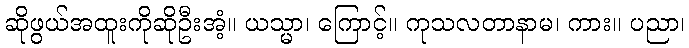
ဆိုဖွယ်အထူးကိုဆိုဦးအံ့။ ယသ္မာ၊ ကြောင့်။ ကုသလတာနာမ၊ ကား။ ပညာ၊